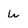
Character: u